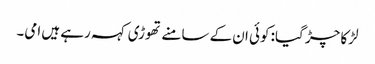
لڑکا چڑ گیا: کوئی ان کے سامنے تھوڑی کہہ رہے ہیں امی۔